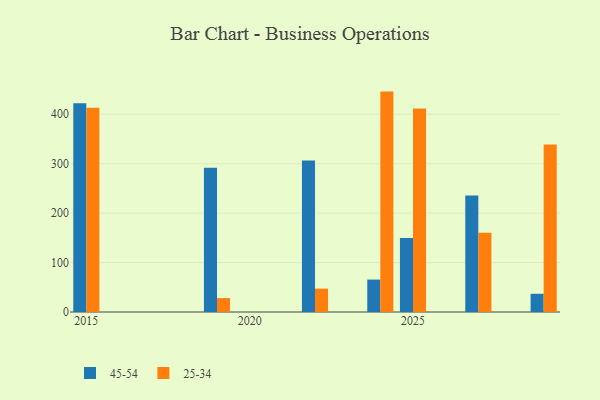
{"axis": {"x": "Year", "y": "Bounce Rate (%)"}, "legend": ["25-34", "45-54"], "data": [{"x": "2022", "y": 306.3, "type": "45-54"}, {"x": "2022", "y": 47.3, "type": "25-34"}, {"x": "2025", "y": 149.8, "type": "45-54"}, {"x": "2025", "y": 411.8, "type": "25-34"}, {"x": "2024", "y": 65.6, "type": "45-54"}, {"x": "2024", "y": 445.9, "type": "25-34"}, {"x": "2029", "y": 36.9, "type": "45-54"}, {"x": "2029", "y": 339.0, "type": "25-34"}, {"x": "2019", "y": 291.9, "type": "45-54"}, {"x": "2019", "y": 28.2, "type": "25-34"}, {"x": "2027", "y": 235.7, "type": "45-54"}, {"x": "2027", "y": 160.2, "type": "25-34"}, {"x": "2015", "y": 422.2, "type": "45-54"}, {"x": "2015", "y": 413.3, "type": "25-34"}]}